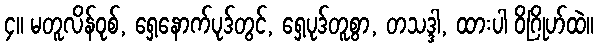
၄။ မတူလိန်ဝုစ်, ရှေ့နောက်ပုဒ်တွင်, ရှေ့ပုဒ်တူစွာ, တသဒ္ဒါ, ထားပါ ဝိဂြိုဟ်ထဲ။